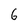
Character: 6